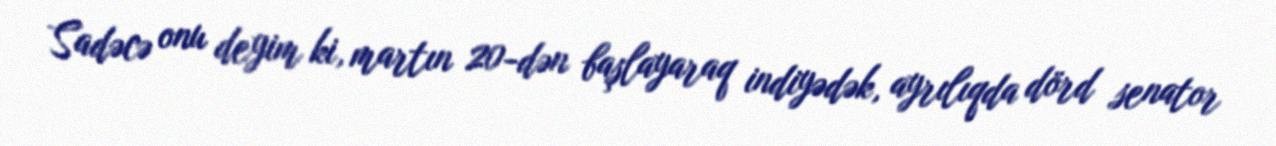
Sadəcə onu deyim ki, martın 20-dən başlayaraq indiyədək, ayrılıqda dörd senator